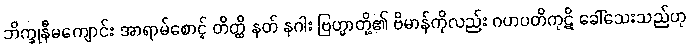
ဘိက္ခုနီမကျောင်း အာရာမ်စောင့် တိတ္ထိ နတ် နဂါး ဗြဟ္မာတို့၏ ဗိမာန်ကိုလည်း ဂဟပတိကုဋိ ခေါ်သေးသည်ဟု